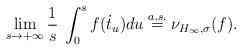
LaTeX: \begin{align*}\lim_{s \to +\infty} \frac{1}{s} \: \int_0^s f(\dot{t}_u)du \stackrel{a.s.}{=} \nu_{H_{\infty},\sigma}(f). \end{align*}